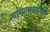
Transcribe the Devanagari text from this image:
त्याच्यामदतनीस